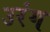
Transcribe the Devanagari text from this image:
उरंग